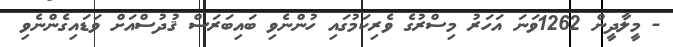
- މީލާދީން 1262ވަނަ އަހަރު މިސްރުގެ ވެރިކަމުގައި ހުންނެވި ބައިބަރަސް ޤުދުސްއަށް ވަޑައިގެންނެވި